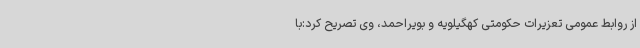
از روابط عمومی تعزیرات حکومتی کهگیلویه و بویراحمد، وی تصریح کرد:با